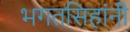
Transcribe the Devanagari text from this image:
भगतसिहांनी